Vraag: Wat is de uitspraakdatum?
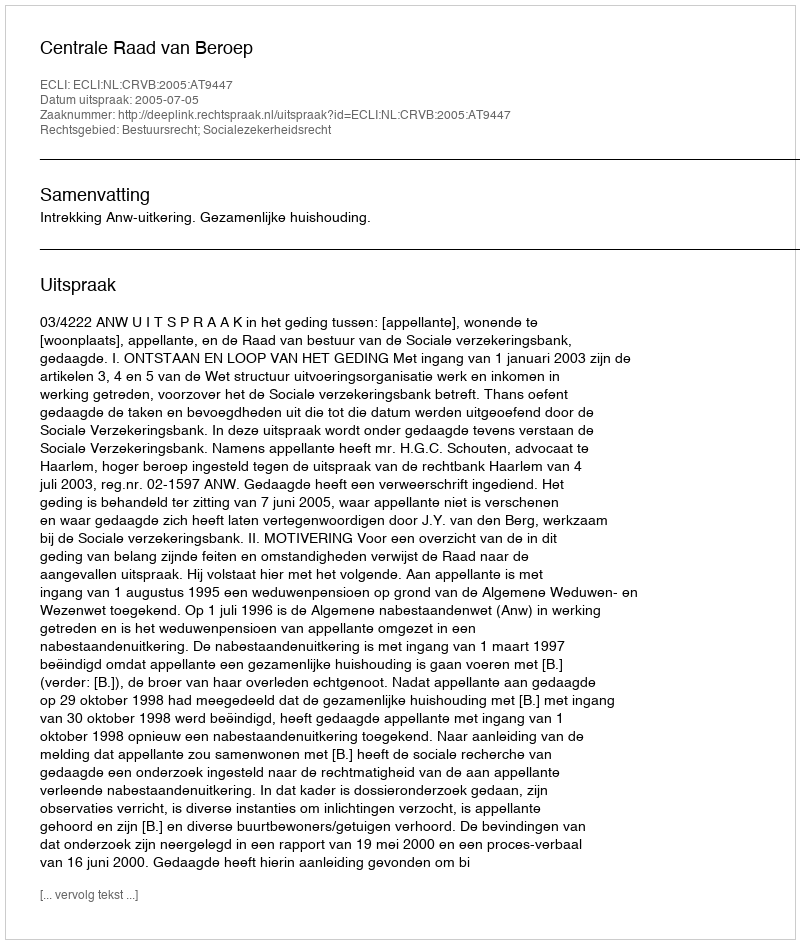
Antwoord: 2005-07-05